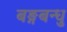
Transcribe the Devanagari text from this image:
बङ्गबन्धु